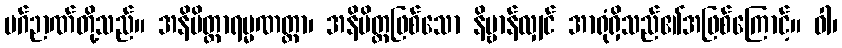
မဂ်ဉာဏ်တို့သည်။ အနိမိတ္တာရမ္မဏတ္တာ၊ အနိမိတ္တဖြစ်သော နိဗ္ဗာန်လျှင် အာရုံရှိသည်၏အဖြစ်ကြောင့်။ ဝါ၊